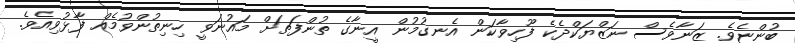
ބުންޏެވެ. ޒަނާވެސް ނަޒްޔަކްދެކެ ފޫހިވާކަން އެނގުމުން އީނާގެ ތުންފަތަށް މައުނަވީ ހިނިތުންވުމެއް ފާޅުވިއެވެ.